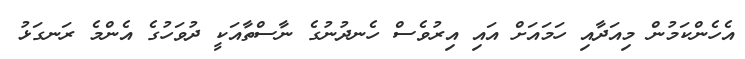
އެހެންކަމުން މިއަދާއި ހަމައަށް އައި އިރުވެސް ހެނދުނުގެ ނާސްތާއަކީ ދުވަހުގެ އެންމެ ރަނގަޅު